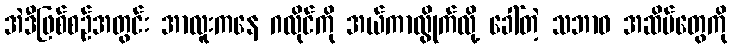
အဲဒီဖြစ်စဉ်အတွင်း အာလူးကနေ ဂလိုင်ကို အယ်ကာလွိုက်လို့ ခေါ်တဲ့ သဘာဝ အဆိပ်တွေကို